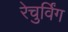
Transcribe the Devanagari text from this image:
रेचुर्विंग